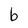
Character: b